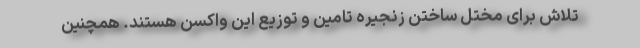
تلاش برای مختل ساختن زنجیره تامین و توزیع این واکسن هستند. همچنین